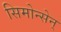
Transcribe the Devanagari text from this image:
सिमोन्सेन्